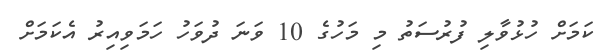
ކަމަށް ހުޅުވާލި ފުރުސަތު މި މަހުގެ 10 ވަނަ ދުވަހު ހަމަވިއިރު އެކަމަށް